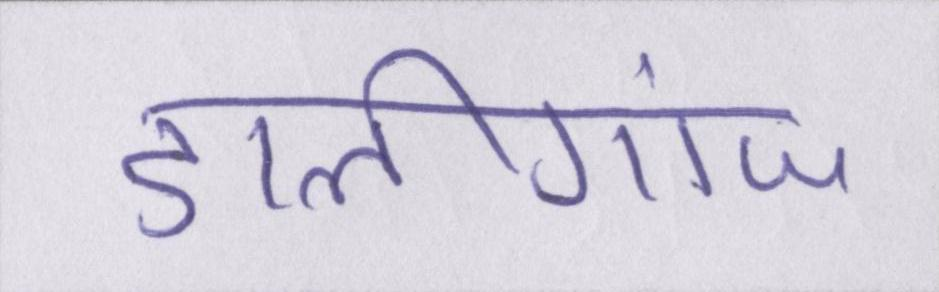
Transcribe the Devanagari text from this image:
डालीगंज